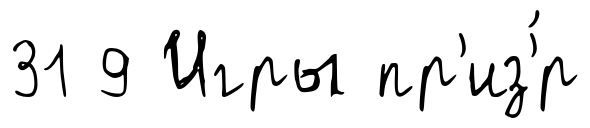
31 9 Игры пр'из'́р